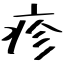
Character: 疹